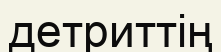
детриттің